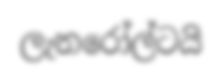
ලැනරෝල්ටයි